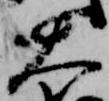
大